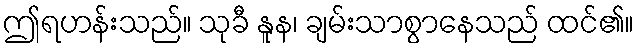
ဤရဟန်းသည်။ သုခီ နူန၊ ချမ်းသာစွာနေသည် ထင်၏။